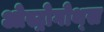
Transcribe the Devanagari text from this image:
ओस्ट्रोगोथ्स